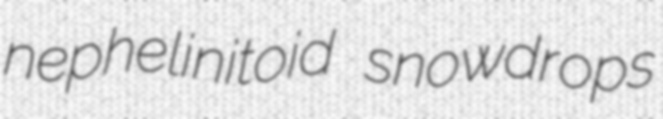
nephelinitoid snowdrops